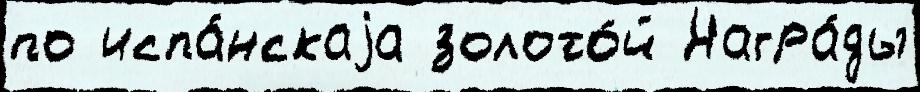
по испа́нскаjа золото́й Награ́ды